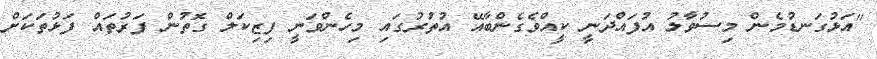
"އަޅުގަނޑުމެން މިސުވާލު އުފައްދަނީ ކީއްވެގެންބާއޭ އުތުރުގައި މިހެންވަނީ ފިޒިކަލް ގޮތުން ފަރުތައް ފަޅުތަކަށް